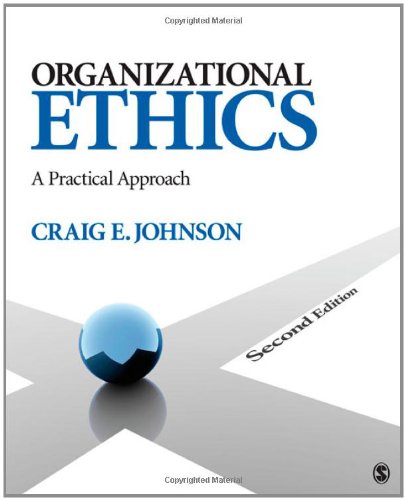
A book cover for Organizational Ethics: A Practical Approach; Craig E. (Edward) Johnson; Business & Money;